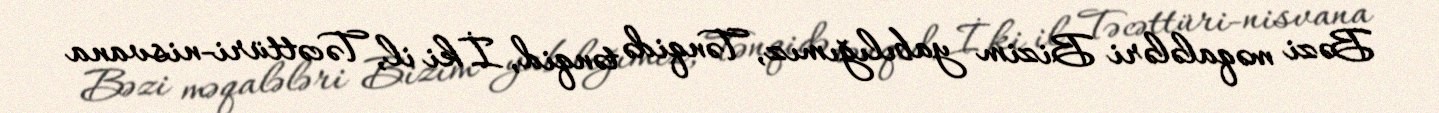
Bəzi məqalələri Bizim yabılığımız, Tənqidə tənqid, İki il, Təcəttüri-nisvana